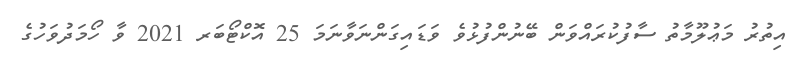
އިތުރު މަޢުލޫމާތު ސާފުކުރައްވަން ބޭނުންފުޅުވެ ވަޑައިގަންނަވާނަމަ 25 އޮކްޓޯބަރ 2021 ވާ ހޯމަދުވަހުގެ